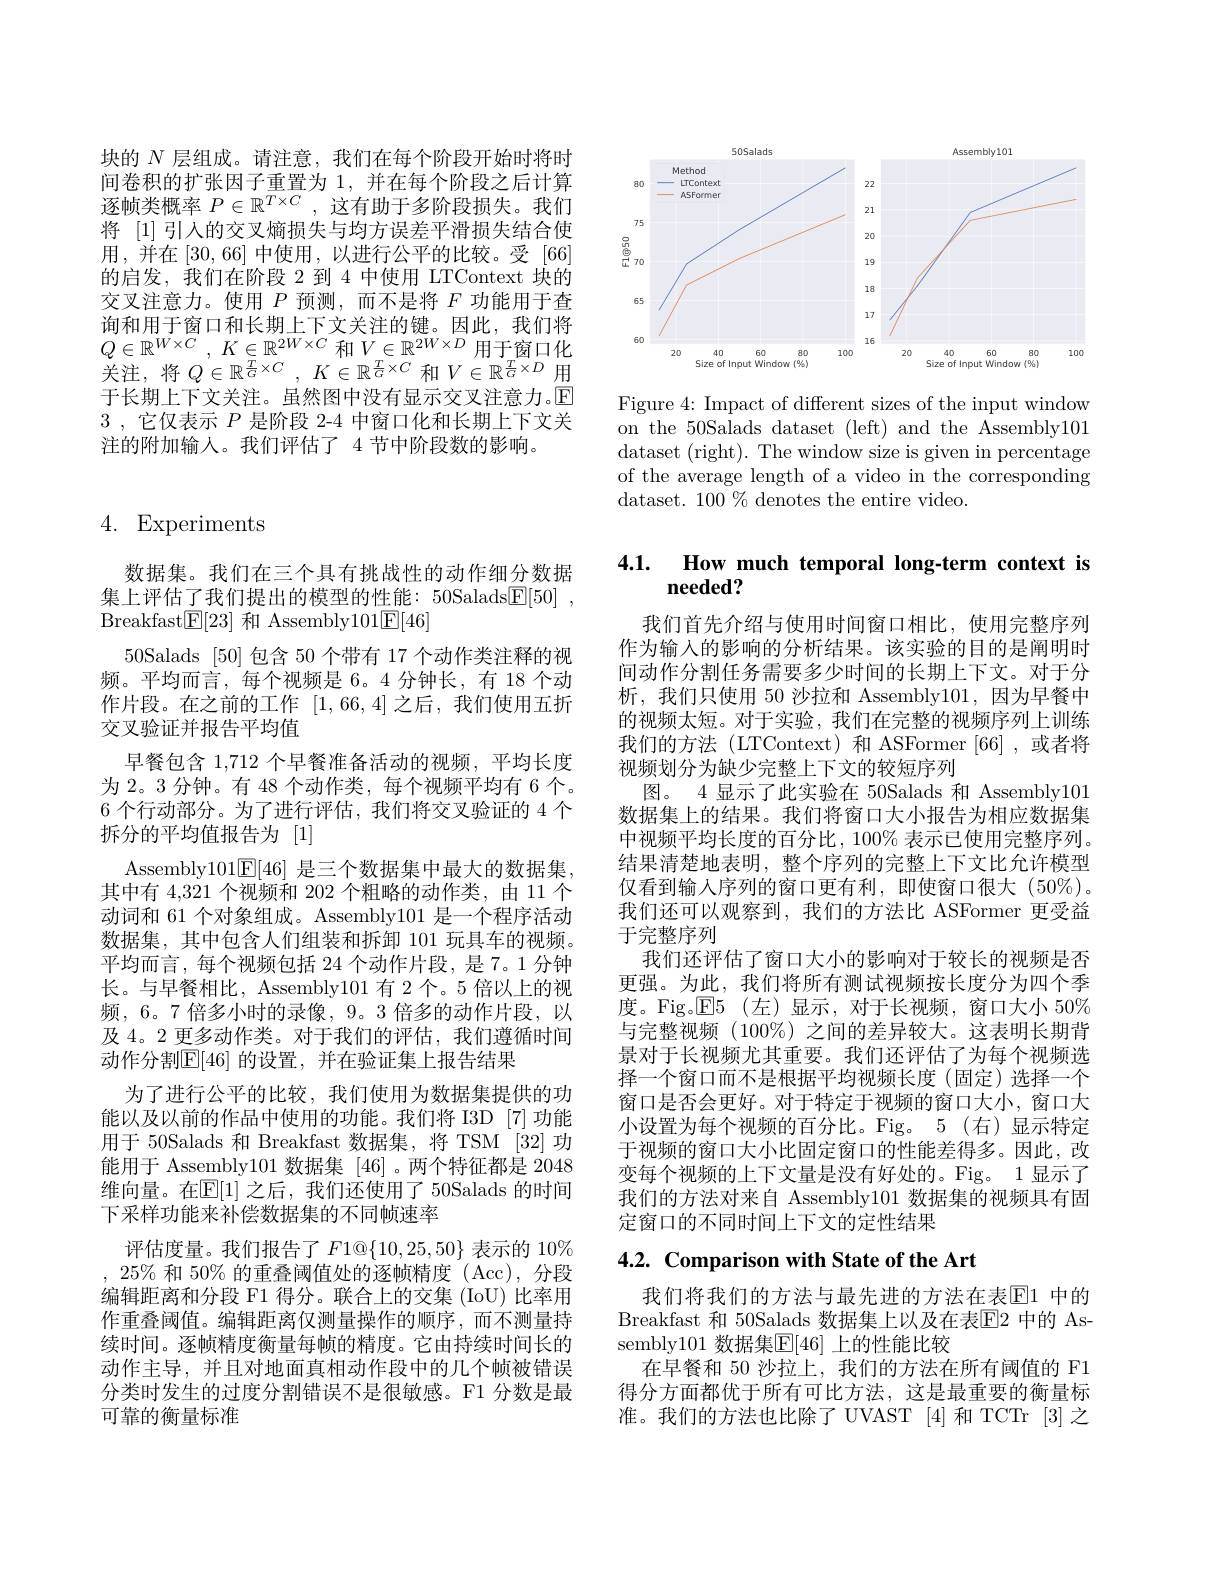
块的$N$层组成。请注意，我们在每个阶段开始时将时间卷积的扩张因子重置为 1,并在每个阶段之后计算逐帧类概率$P\in\mathbb{R}^{T\times C}$,这有助于多阶段损失。我们将[1]引人的交叉熵损失与均方误差平滑损失结合使用，并在[30,66] 中使用，以进行公平的比较。受[66] 的启发，我们在阶段 2 到 4 中使用 LTContext 块的交叉注意力。使用$P$预测，而不是将$F$功能用于查询和用于窗口和长期上下文关注的键。因此，我们将$Q\in \mathbb{R} ^{W\times C}$ , $K\in \mathbb{R} ^{2W\times C}$ 和$V\in\mathbb{R}^{2W\times D}$用于窗口化关注，将$Q\in \mathbb{R} ^{\frac TG\times C}$ , $K\in \mathbb{R} ^{\frac TG\times C}$和$V\in\mathbb{R}^{\frac TG\times D}$用于长期上下文关注。虽然图中没有显示交叉注意力。$\mathbb{E}$ 3 ,它仅表示$P$是阶段 2-4 中窗口化和长期上下文关注的附加输入。我们评估了 4 节中阶段数的影响。

# 4. Experiments

数据集。我们在三个具有挑战性的动作细分数据集上评估了我们提出的模型的性能：50Salads$\underline {\mathrm{E} }[ 50]$ , Breakfast$\boxed{\mathrm{F} }[ 23]$和 Assembly101$\boxed{\mathrm{E}}[46]$
50Salads [50]包含 50 个带有 17 个动作类注释的视频。平均而言，每个视频是 6。4 分钟长，有 18 个动作片段。在之前的工作[1,66,4]之后，我们使用五折交叉验证并报告平均值
早餐包含 1,712 个早餐准备活动的视频，平均长度为 2。3 分钟。有 48 个动作类，每个视频平均有 6 个。6 个行动部分。为了进行评估，我们将交叉验证的 4 个拆分的平均值报告为[1]
Assembly101E[46] 是三个数据集中最大的数据集其中有 4,321 个视频和 202 个粗略的动作类，由 11 个动词和 61 个对象组成。Assembly101 是一个程序活动数据集，其中包含人们组装和拆卸 101 玩具车的视频。平均而言，每个视频包括 24 个动作片段，是 7。1 分钟长。与早餐相比，Assembly101 有 2个。5 倍以上的视频，6。7 倍多小时的录像，9。3 倍多的动作片段，以及 4。2 更多动作类。对于我们的评估，我们遵循时间动作分割$\overline{\mathbb{E}}|46|$ 的设置，并在验证集上报告结果
为了进行公平的比较，我们使用为数据集提供的功能以及以前的作品中使用的功能。我们将 I3D [7]功能用于 50Salads 和 Breakfast 数据集，将 TSM [32]功能用于 Assembly101 数据集 [46]。两个特征都是 2048维向量。在$\mathbb{E}[1]$ 之后，我们还使用了 50Salads 的时间下采样功能来补偿数据集的不同帧速率
评估度量。我们报告了$F1@\{10,25,50\}$表示的 10% , $25\%$和 50% 的重叠阈值处的逐帧精度(Acc),分段编辑距离和分段 F1 得分。联合上的交集 (IoU) 比率用作重叠阈值。编辑距离仅测量操作的顺序，而不测量持续时间。逐帧精度衡量每帧的精度。它由持续时间长的动作主导，并且对地面真相动作段中的几个帧被错误分类时发生的过度分割错误不是很敏感。F1 分数是最可靠的衡量标准

<FigureHere>

Figure 4: Impact of different sizes of the input window on the 50Salads dataset (left) and the Assembly101 dataset (right). The window size is given in percentage of the average length of a video in the corresponding dataset. 100% denotes the entire video.

## 4.1. How much temporal long-term context is needed?

我们首先介绍与使用时间窗口相比，使用完整序列作为输入的影响的分析结果。该实验的目的是阐明时间动作分割任务需要多少时间的长期上下文。对于分析，我们只使用 50 沙拉和 Assembly101,因为早餐中的视频太短。对于实验，我们在完整的视频序列上训练我们的方法(LTContext)和 ASFormer[66],或者将视频划分为缺少完整上下文的较短序列
图。4 显示了此实验在 50Salads 和 Assembly101数据集上的结果。我们将窗口大小报告为相应数据集中视频平均长度的百分比，100% 表示已使用完整序列。结果清楚地表明，整个序列的完整上下文比允许模型仅看到输入序列的窗口更有利，即使窗口很大(50$\%)$。我们还可以观察到，我们的方法比 ASFormer 更受益于完整序列
我们还评估了窗口大小的影响对于较长的视频是否更强。为此，我们将所有测试视频按长度分为四个季度。Fig。E5 (左)显示，对于长视频，窗口大小 $50\%$ 与完整视频 (100%) 之间的差异较大。这表明长期背景对于长视频尤其重要。我们还评估了为每个视频选择一个窗口而不是根据平均视频长度(固定)选择一个窗口是否会更好。对于特定于视频的窗口大小，窗口大小设置为每个视频的百分比。Fig。5 (右)显示特定于视频的窗口大小比固定窗口的性能差得多。因此，改变每个视频的上下文量是没有好处的。Fig。1 显示了我们的方法对来自 Assembly101 数据集的视频具有固定窗口的不同时间上下文的定性结果

# 4.2. Comparison with State of the Art

我们将我们的方法与最先进的方法在表$\mathbb{E}$1 中的Breakfast 和 50Salads 数据集上以及在表$\mathbb{E}$2 中的 Assembly101 数据集$\mathbb{E}[46]$ 上的性能比较
在早餐和 50 沙拉上，我们的方法在所有阈值的 F1得分方面都优于所有可比方法，这是最重要的衡量标准。我们的方法也比除了 UVAST [4] 和 TCTr [3] 之